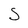
Character: S